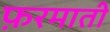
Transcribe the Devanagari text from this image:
फ़रमाती